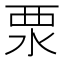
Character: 𣳳